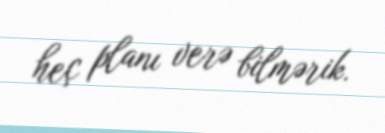
heç planı verə bilmərik.